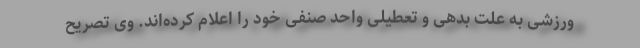
ورزشی به علت بدهی و تعطیلی واحد صنفی خود را اعلام کرده‌اند. وی تصریح